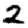
Digit: 2